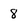
Character: 8